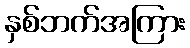
နှစ်ဘက်အကြား